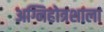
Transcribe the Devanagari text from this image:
अग्निहोत्रशाला